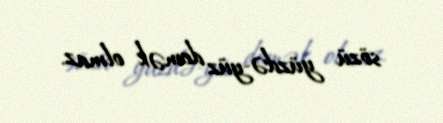
sözü yüzdə-yüz demək olmaz.